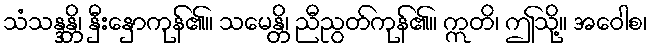
သံသန္ဒန္တိ၊ နှီးနှောကုန်၏။ သမေန္တိ၊ ညီညွတ်ကုန်၏။ ဣတိ၊ ဤသို့။ အဝေါစ၊